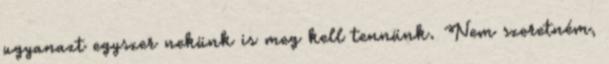
ugyanazt egyszer nekünk is meg kell tennünk. Nem szeretném,